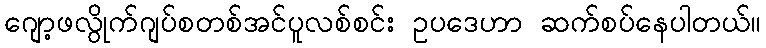
ဂျော့ဖလွိုက်ဂျပ်စတစ်အင်ပူလစ်စင်း ဥပဒေဟာ ဆက်စပ်နေပါတယ်။